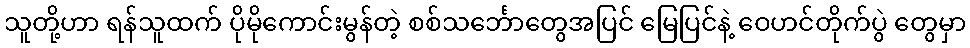
သူတို့ဟာ ရန်သူထက် ပိုမိုကောင်းမွန်တဲ့ စစ်သင်္ဘောတွေအပြင် မြေပြင်နဲ့ ဝေဟင်တိုက်ပွဲ တွေမှာ